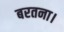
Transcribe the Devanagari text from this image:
बरतना।